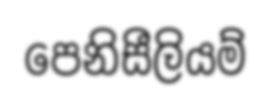
පෙනිසීලියම්